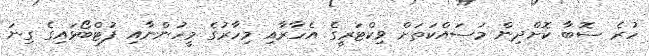
ހުރެ ސޮބާ ކޮށްދިން މަސައްކަތަށް ވިކްޓަރީގެ އެހާރާއި މިހާރުގެ މީހުންނާއި ފުޓްބޯޅައިގެ ގިނަ